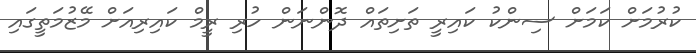
ކުރުމަށް ކަމަށް ސިންކު ކައިރީ ތަށިތައް ދޮންނަން ހުރި ރީމް ކައިރިއަށް މޭޒުމަތީގައި